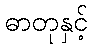
ဓာတုနှင့်